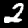
Label: 2